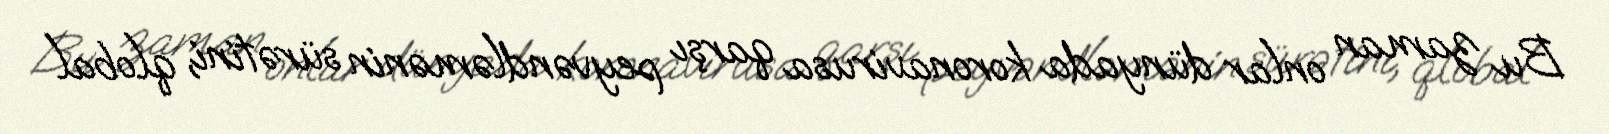
Bu zaman onlar dünyada koronavirusa qarşı peyvəndləmənin sürətini, qlobal